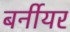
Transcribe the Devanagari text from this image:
बर्नीयर